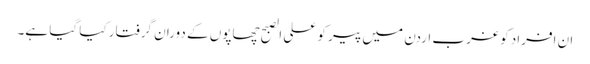
ان افراد کو غربِ اردن میں پیر کو علی الصبح چھاپوں کے دوران گرفتار کیا گیا ہے۔